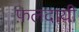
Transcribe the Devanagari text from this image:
फ़लदायी